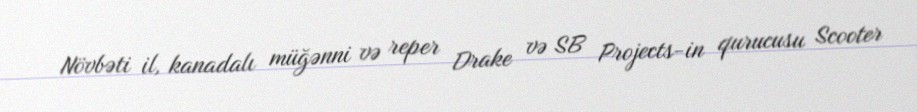
Növbəti il, kanadalı müğənni və reper Drake və SB Projects-in qurucusu Scooter